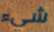
شيء